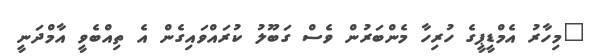
"މިހާރު އެމްޑީޕީގެ ހުރިހާ މެންބަރުން ވެސް ގަބޫލު ކުރައްވައިގެން އެ ތިއްބެވީ އާމްދަނީ